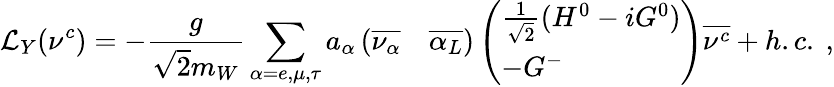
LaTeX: {\cal L}_{Y}(\nu^{c})=-\frac{g}{\sqrt{2}m_{W}}\sum_{\alpha=e,\mu,\tau}a_{\alpha}\left(\begin{array}{ll}{{\overline{{{\nu_{\alpha}}}}}}&{{\overline{{{\alpha_{L}}}}}}\end{array}\right)\left(\begin{array}{l}{{\frac{1}{\sqrt{2}}(H^{0}-iG^{0})}}\\ {{-G^{-}}}\end{array}\right){\overline{{{\nu^{c}}}}}+h.c.\ ,